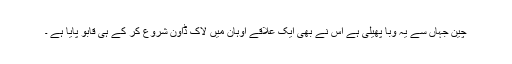
چین جہاں سے یہ وبا پھیلی ہے اس نے بھی ایک علاقے اوہان میں لاک ڈاؤن شروع کر کے ہی قابو پایا ہے ۔